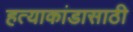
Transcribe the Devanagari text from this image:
हत्याकांडासाठी